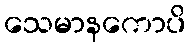
သေမာနကောပိ